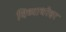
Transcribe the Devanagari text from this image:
विध्याधरेश्वर